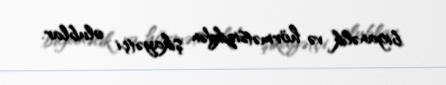
biganəlik və hörmətsizikdən şikayətçi olublar.